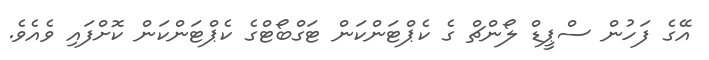
އޭގެ ފަހުން ސްޕީޑް ލޯންޗް ގެ ކެޕްޓަންކަން ޓަގްބޯޓްގެ ކެޕްޓަންކަން ކޮށްފައި ވެއެވެ.